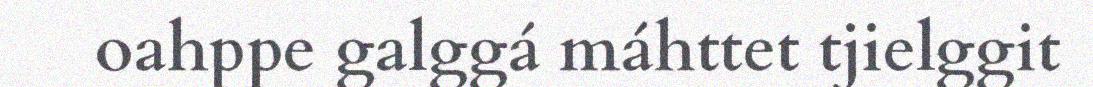
oahppe galggá máhttet tjielggit